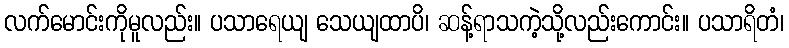
လက်မောင်းကိုမူလည်း။ ပသာရေယျ သေယျထာပိ၊ ဆန့်ရာသကဲ့သို့လည်းကောင်း။ ပသာရိတံ၊